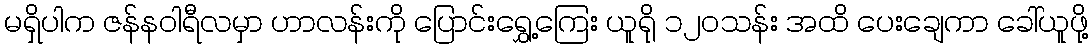
မရှိပါက ဇန်နဝါရီလမှာ ဟာလန်းကို ပြောင်းရွှေ့ကြေး ယူရို ၁၂၀သန်း အထိ ပေးချေကာ ခေါ်ယူဖို့